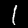
Label: 1